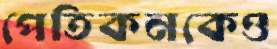
পেতিকনকেও